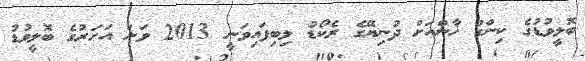
ބޮލީވުޑުގެ ކިންގް ޚާންއަށް ދުނިޔޭގެ ރެކޯޑު ލިބިފައިވަނީ 2013 ވަނަ އަހަރުގެ ބޮލީވުޑު